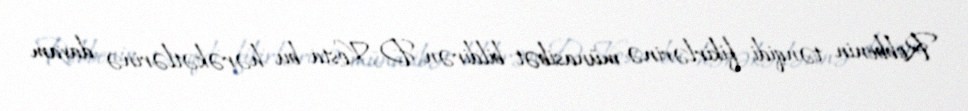
Robbenin tənqidi fikirlərinə münasibət bildirən D.Kosta bu hərəkətlərinə davam